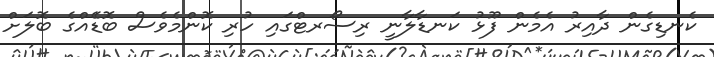
ކެނޑިގެން ދާއިރު އެމެން ފޫޅު ކަނޑާލާނީ ރިސޯރޓްގައި ހުރި ކޮންމެވެސް ބޮޑެެއްގެ ބޮލަށް